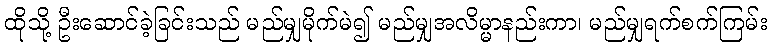
ထိုသို့ ဦးဆောင်ခဲ့ခြင်းသည် မည်မျှမိုက်မဲ၍ မည်မျှအလိမ္မာနည်းကာ၊ မည်မျှရက်စက်ကြမ်း